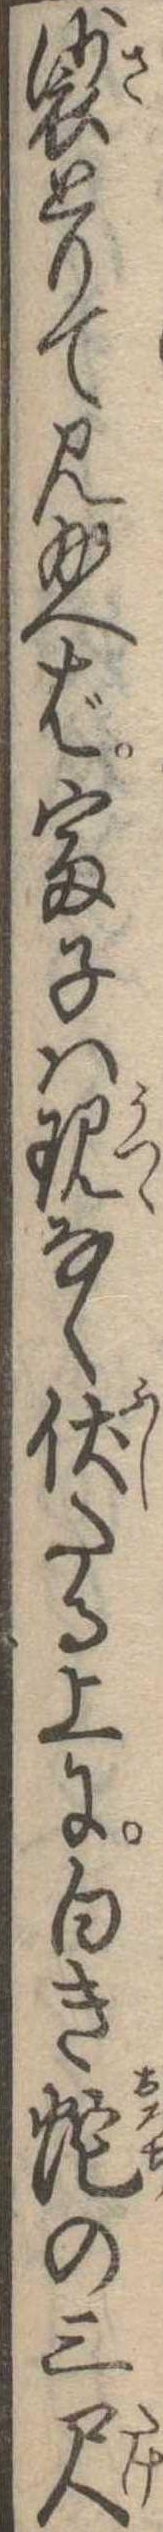
裟とりて見給へば富子は現なく伏たる上に白き蛇の三尺